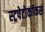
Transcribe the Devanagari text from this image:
स्ट्रपेटोकॉकस